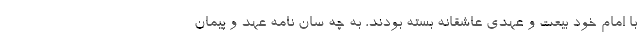
با امام خود بیعت و عهدی عاشقانه بسته بودند، به چه سان نامه عهد و پیمان